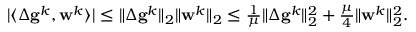
\begin{array} { r } { | \langle \Delta \mathbf { g } ^ { k } , \mathbf { w } ^ { k } \rangle | \leq \| \Delta \mathbf { g } ^ { k } \| _ { 2 } \| \mathbf { w } ^ { k } \| _ { 2 } \leq \frac { 1 } { \mu } \| \Delta \mathbf { g } ^ { k } \| _ { 2 } ^ { 2 } + \frac { \mu } 4 \| \mathbf { w } ^ { k } \| _ { 2 } ^ { 2 } . } \end{array}